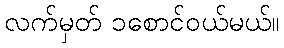
လက်မှတ် ၁စောင်ဝယ်မယ်။